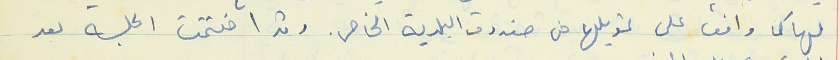
لها كما وافق على تمويلها من صندوق البلدية الخاص. وقد اختتمت الجلسه بعد